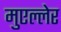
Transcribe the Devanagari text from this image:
मुएल्लेर